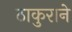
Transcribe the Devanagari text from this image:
ठाकुराने